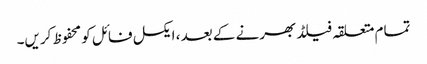
تمام متعلقہ فیلڈ بھرنے کے بعد ، ایکسل فائل کو محفوظ کریں۔